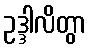
ဥဒ္ဒါလိတွာ